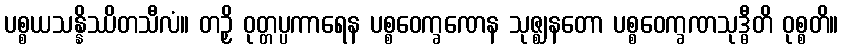
ပစ္စယသန္နိဿိတသီလံ။ တဉှိ ဝုတ္တပ္ပကာရေန ပစ္စဝေက္ခဏေန သုဇ္ဈနတော ပစ္စဝေက္ခဏသုဒ္ဓီတိ ဝုစ္စတိ။